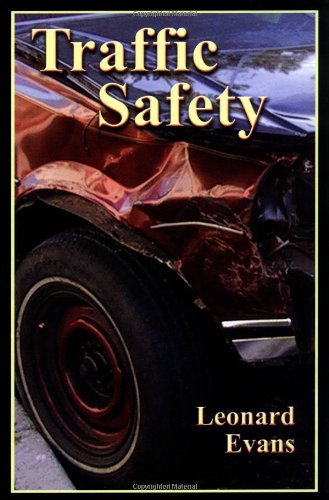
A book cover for Traffic Safety; Leonard Evans; Engineering & Transportation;